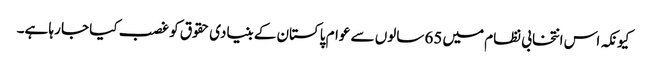
کیونکہ اس انتخابی نظام میں 65 سالوں سے عوام پاکستان کے بنیادی حقوق کو غصب کیا جا رہا ہے۔